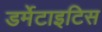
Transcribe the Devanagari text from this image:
डर्मेटाइटिस